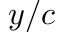
y / c